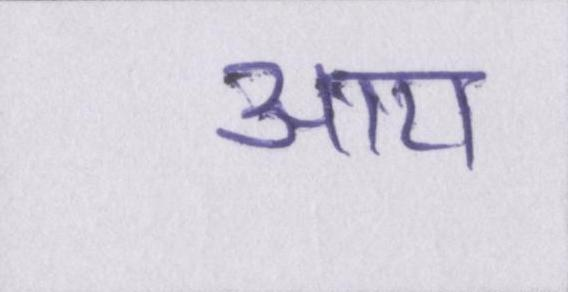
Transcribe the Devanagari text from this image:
आय